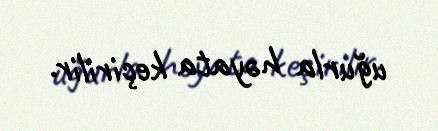
uğurla həyata keçirilir.